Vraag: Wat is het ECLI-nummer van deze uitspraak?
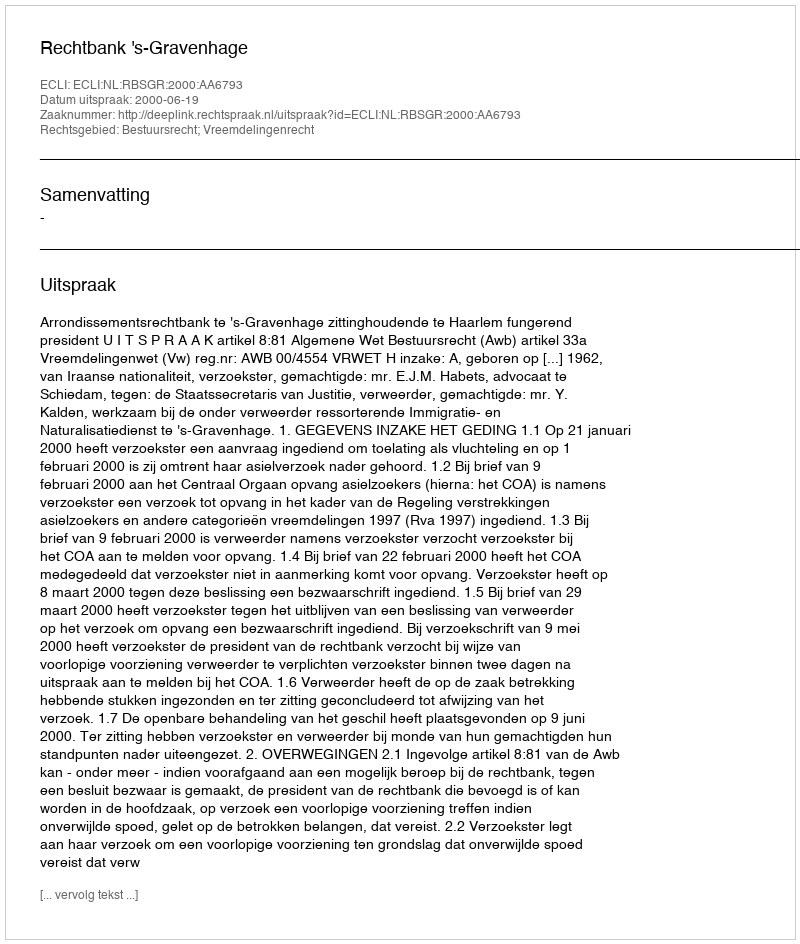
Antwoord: ECLI:NL:RBSGR:2000:AA6793